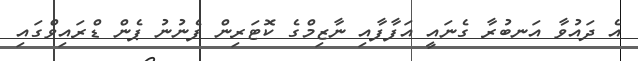
އެ ދައުވާ އަނބުރާ ގެނައީ އަފާފާއި ނާޒިމްގެ ކޮޓަރިން ފެނުނު ޕެން ޑްރައިވްގައި